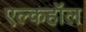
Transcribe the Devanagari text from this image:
एल्कहॉल